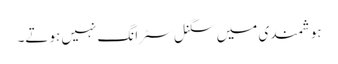
ہوشمندی میں سگنل سٹرانگ نہیں ہوتے۔